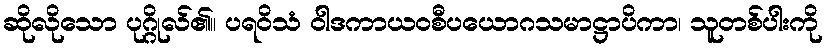
ဆိုလိုသော ပုဂ္ဂိုလ်၏။ ပရဝိသံ ဝါဒကာယဝစီပယောဂသမာဋ္ဌာပိကာ၊ သူတစ်ပါးကို